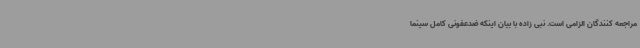
مراجعه کنندگان الزامی است. نبی زاده با بیان اینکه ضدعفونی کامل سینما